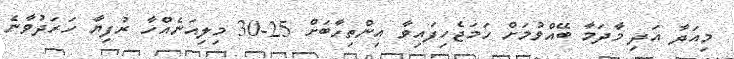
މިއަދާ އަދި މާދަމާ ބޭއްވުމަށް ހަމަޖެހިފައިވާ އިންތިހާބަށް 25-30 މިލިއަނެއްހާ ރުފިޔާ ހަރަދުވާނެ